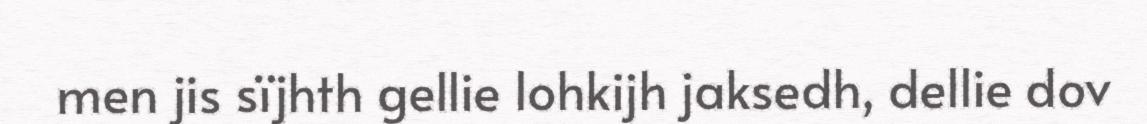
men jis sïjhth gellie lohkijh jaksedh, dellie dov